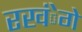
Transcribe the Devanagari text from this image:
रखंेगे